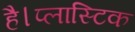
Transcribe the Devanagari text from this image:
है।प्लास्टिक